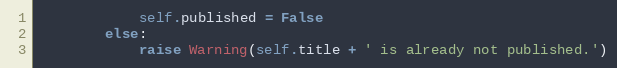
Language: Python
            self.published = False
        else:
            raise Warning(self.title + ' is already not published.')